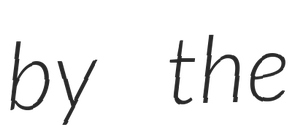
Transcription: by the